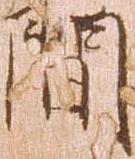
間